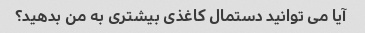
آیا می توانید دستمال کاغذی بیشتری به من بدهید؟